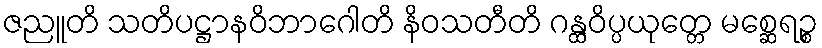
ဇညူတိ သတိပဋ္ဌာနဝိဘာဂေါတိ နိဝသတီတိ ဂန္ထဝိပ္ပယုတ္တေ မစ္ဆေရဉ္စ